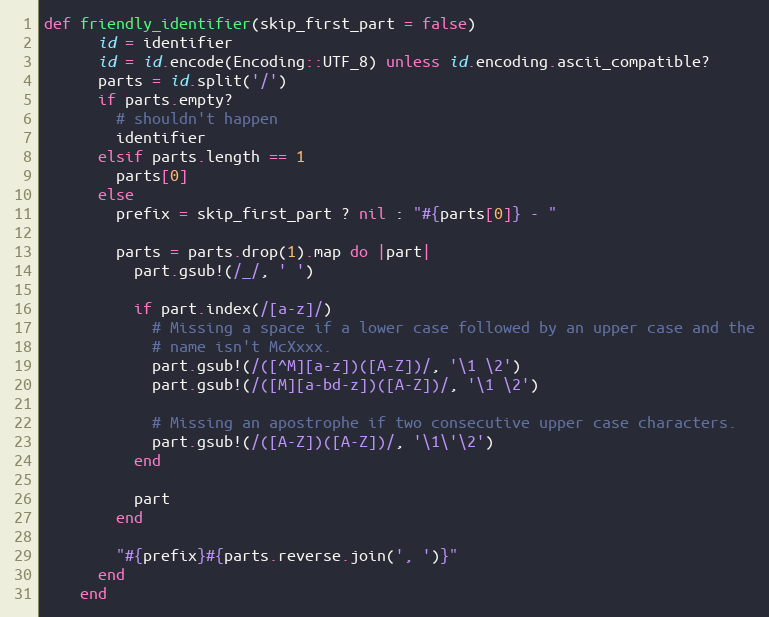
Language: Ruby
def friendly_identifier(skip_first_part = false)
      id = identifier
      id = id.encode(Encoding::UTF_8) unless id.encoding.ascii_compatible?
      parts = id.split('/')
      if parts.empty?
        # shouldn't happen
        identifier
      elsif parts.length == 1
        parts[0]
      else
        prefix = skip_first_part ? nil : "#{parts[0]} - "

        parts = parts.drop(1).map do |part|
          part.gsub!(/_/, ' ')

          if part.index(/[a-z]/)
            # Missing a space if a lower case followed by an upper case and the
            # name isn't McXxxx.
            part.gsub!(/([^M][a-z])([A-Z])/, '\1 \2')
            part.gsub!(/([M][a-bd-z])([A-Z])/, '\1 \2')

            # Missing an apostrophe if two consecutive upper case characters.
            part.gsub!(/([A-Z])([A-Z])/, '\1\'\2')
          end

          part
        end

        "#{prefix}#{parts.reverse.join(', ')}"
      end
    end